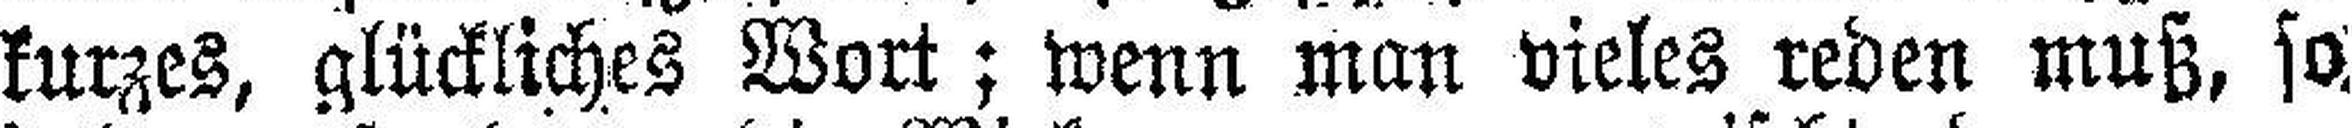
kurzes, glückliches Wort; wenn man vieles reden muß, so